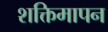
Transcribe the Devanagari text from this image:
शक्तिमापन